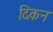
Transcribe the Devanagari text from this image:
दिकन